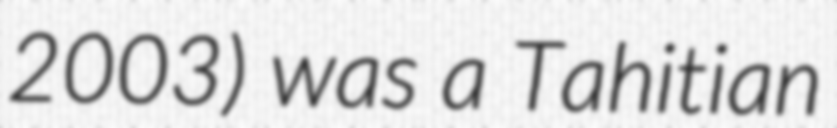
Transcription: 2003) was a Tahitian